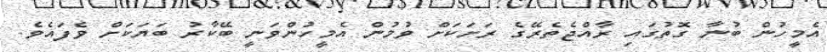
އެމީހުން ބުނާ ގޮތުގައި ރާއްޖެތެރޭގެ ރަށަކަށް ވުމުން އެމީހުންވަނީ ބޭކާރު ބަޔަކަށް ވެފައެވެ.